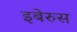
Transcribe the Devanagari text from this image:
इबेरुस